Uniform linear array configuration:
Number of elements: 32
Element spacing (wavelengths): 0.25
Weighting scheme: hann
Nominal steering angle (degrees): -45
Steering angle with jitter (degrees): -46.884
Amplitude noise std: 0.05
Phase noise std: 0.05

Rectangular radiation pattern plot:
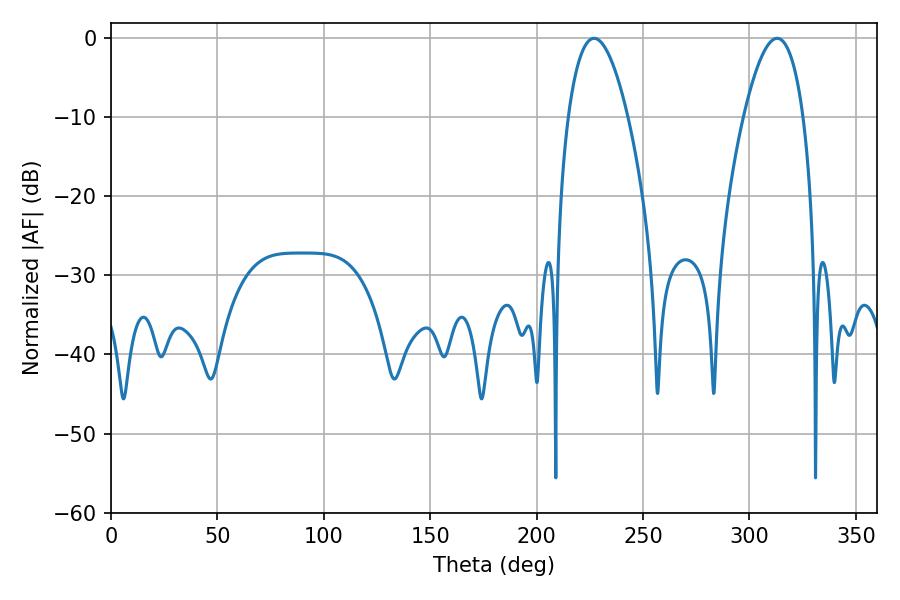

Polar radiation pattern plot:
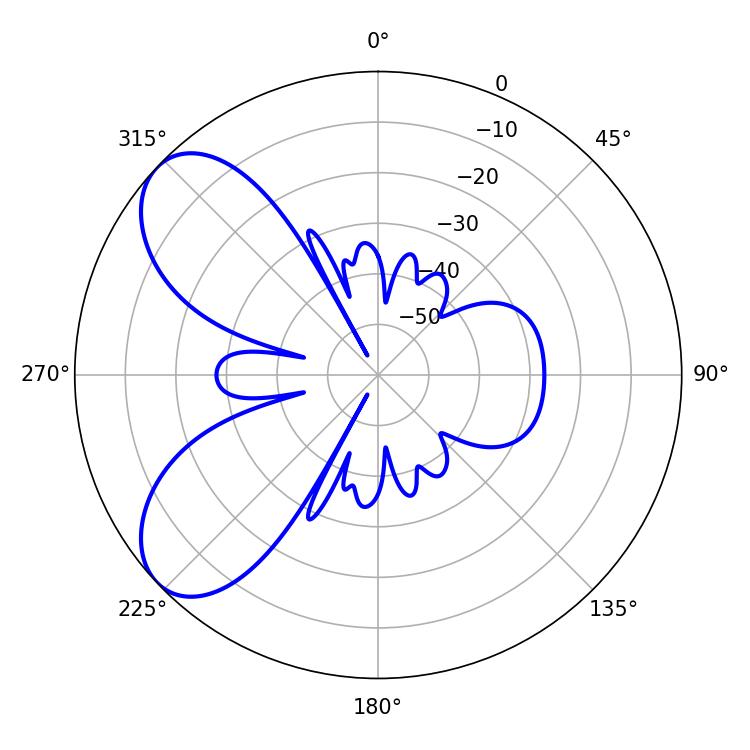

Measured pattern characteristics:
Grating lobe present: FALSE
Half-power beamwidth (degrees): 15.48
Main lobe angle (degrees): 226.98